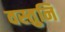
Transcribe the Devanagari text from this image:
वस्तुनि